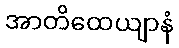
အာတိထေယျာနံ